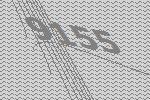
9155